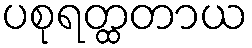
ပစုရတ္ထတာယ